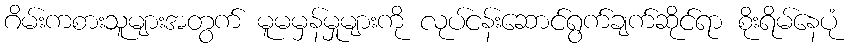
ဂိမ်းကစားသူများအတွက် မူမမှန်မှုများကို လုပ်ငန်းဆောင်ရွက်ချက်ဆိုင်ရာ စိုးရိမ်နေပုံ